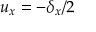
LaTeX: u _ { x } = - \delta _ { x } / 2